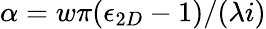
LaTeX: \alpha=w\pi(\epsilon_{2D}-1)/(\lambda i)